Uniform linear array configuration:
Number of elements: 64
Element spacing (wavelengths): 0.25
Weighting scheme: kaiser
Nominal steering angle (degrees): -60
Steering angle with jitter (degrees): -60.368
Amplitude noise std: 0.05
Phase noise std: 0.05

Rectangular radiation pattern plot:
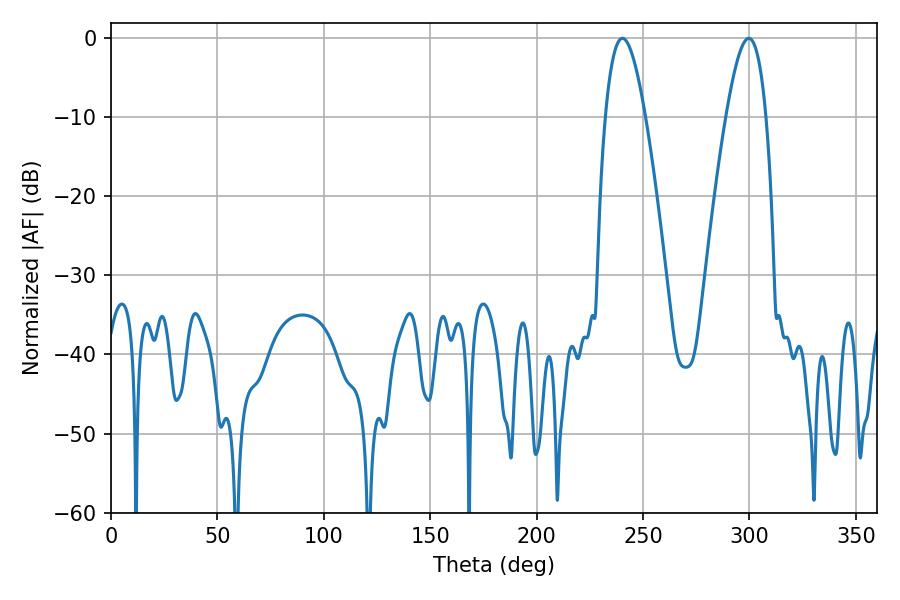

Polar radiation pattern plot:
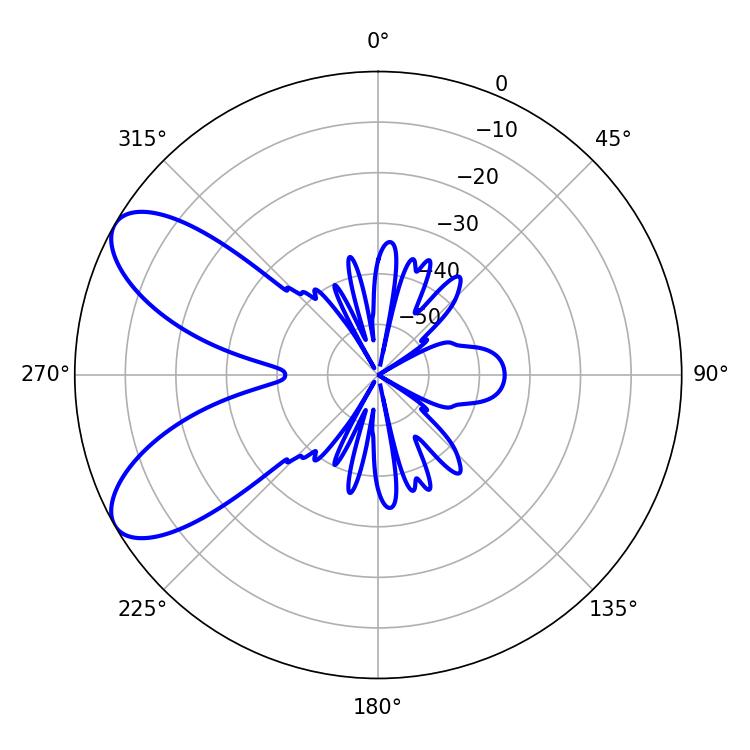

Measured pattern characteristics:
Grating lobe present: FALSE
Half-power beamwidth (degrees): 10.26
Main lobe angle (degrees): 240.3